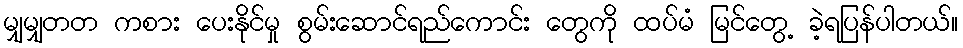
မျှမျှတတ ကစား ပေးနိုင်မှု စွမ်းဆောင်ရည်ကောင်း တွေကို ထပ်မံ မြင်တွေ့ ခဲ့ရပြန်ပါတယ်။